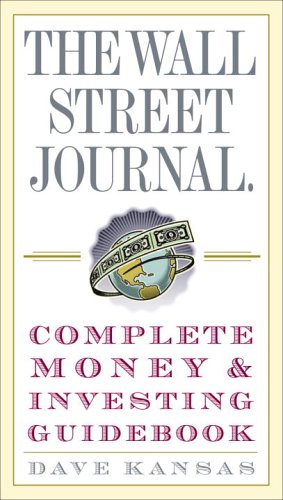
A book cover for The Wall Street Journal Complete Money and Investing Guidebook (The Wall Street Journal Guidebooks); Dave Kansas; Business & Money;